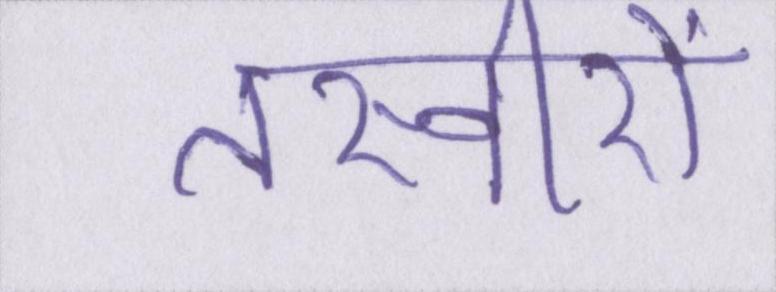
तस्वीरों